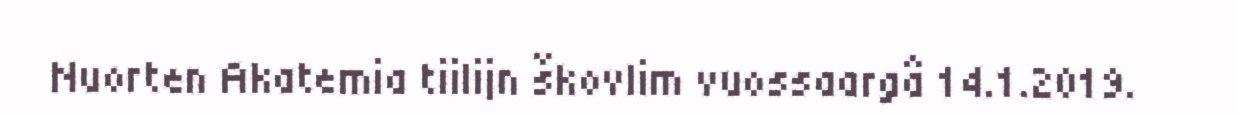
Nuorten Akatemia tiilijn škovlim vuossaargâ 14.1.2019.